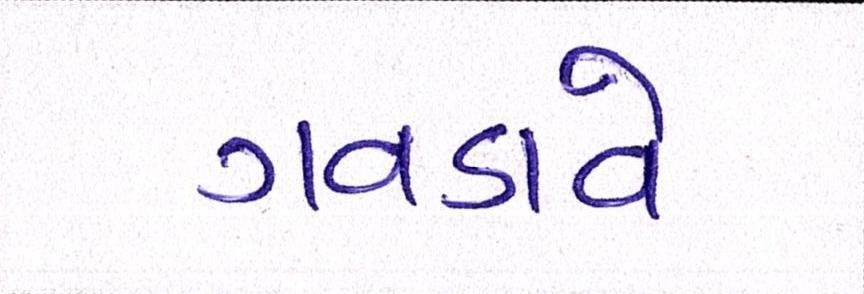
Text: ગવડાવે